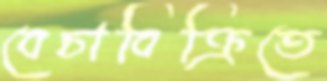
বেচাবিক্রিতে